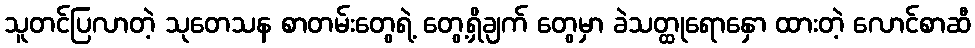
သူတင်ပြလာတဲ့ သုတေသန စာတမ်းတွေရဲ့ တွေ့ရှိချက် တွေမှာ ခဲသတ္ထုရောနှော ထားတဲ့ လောင်စာဆီ